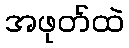
အဖုတ်ထဲ